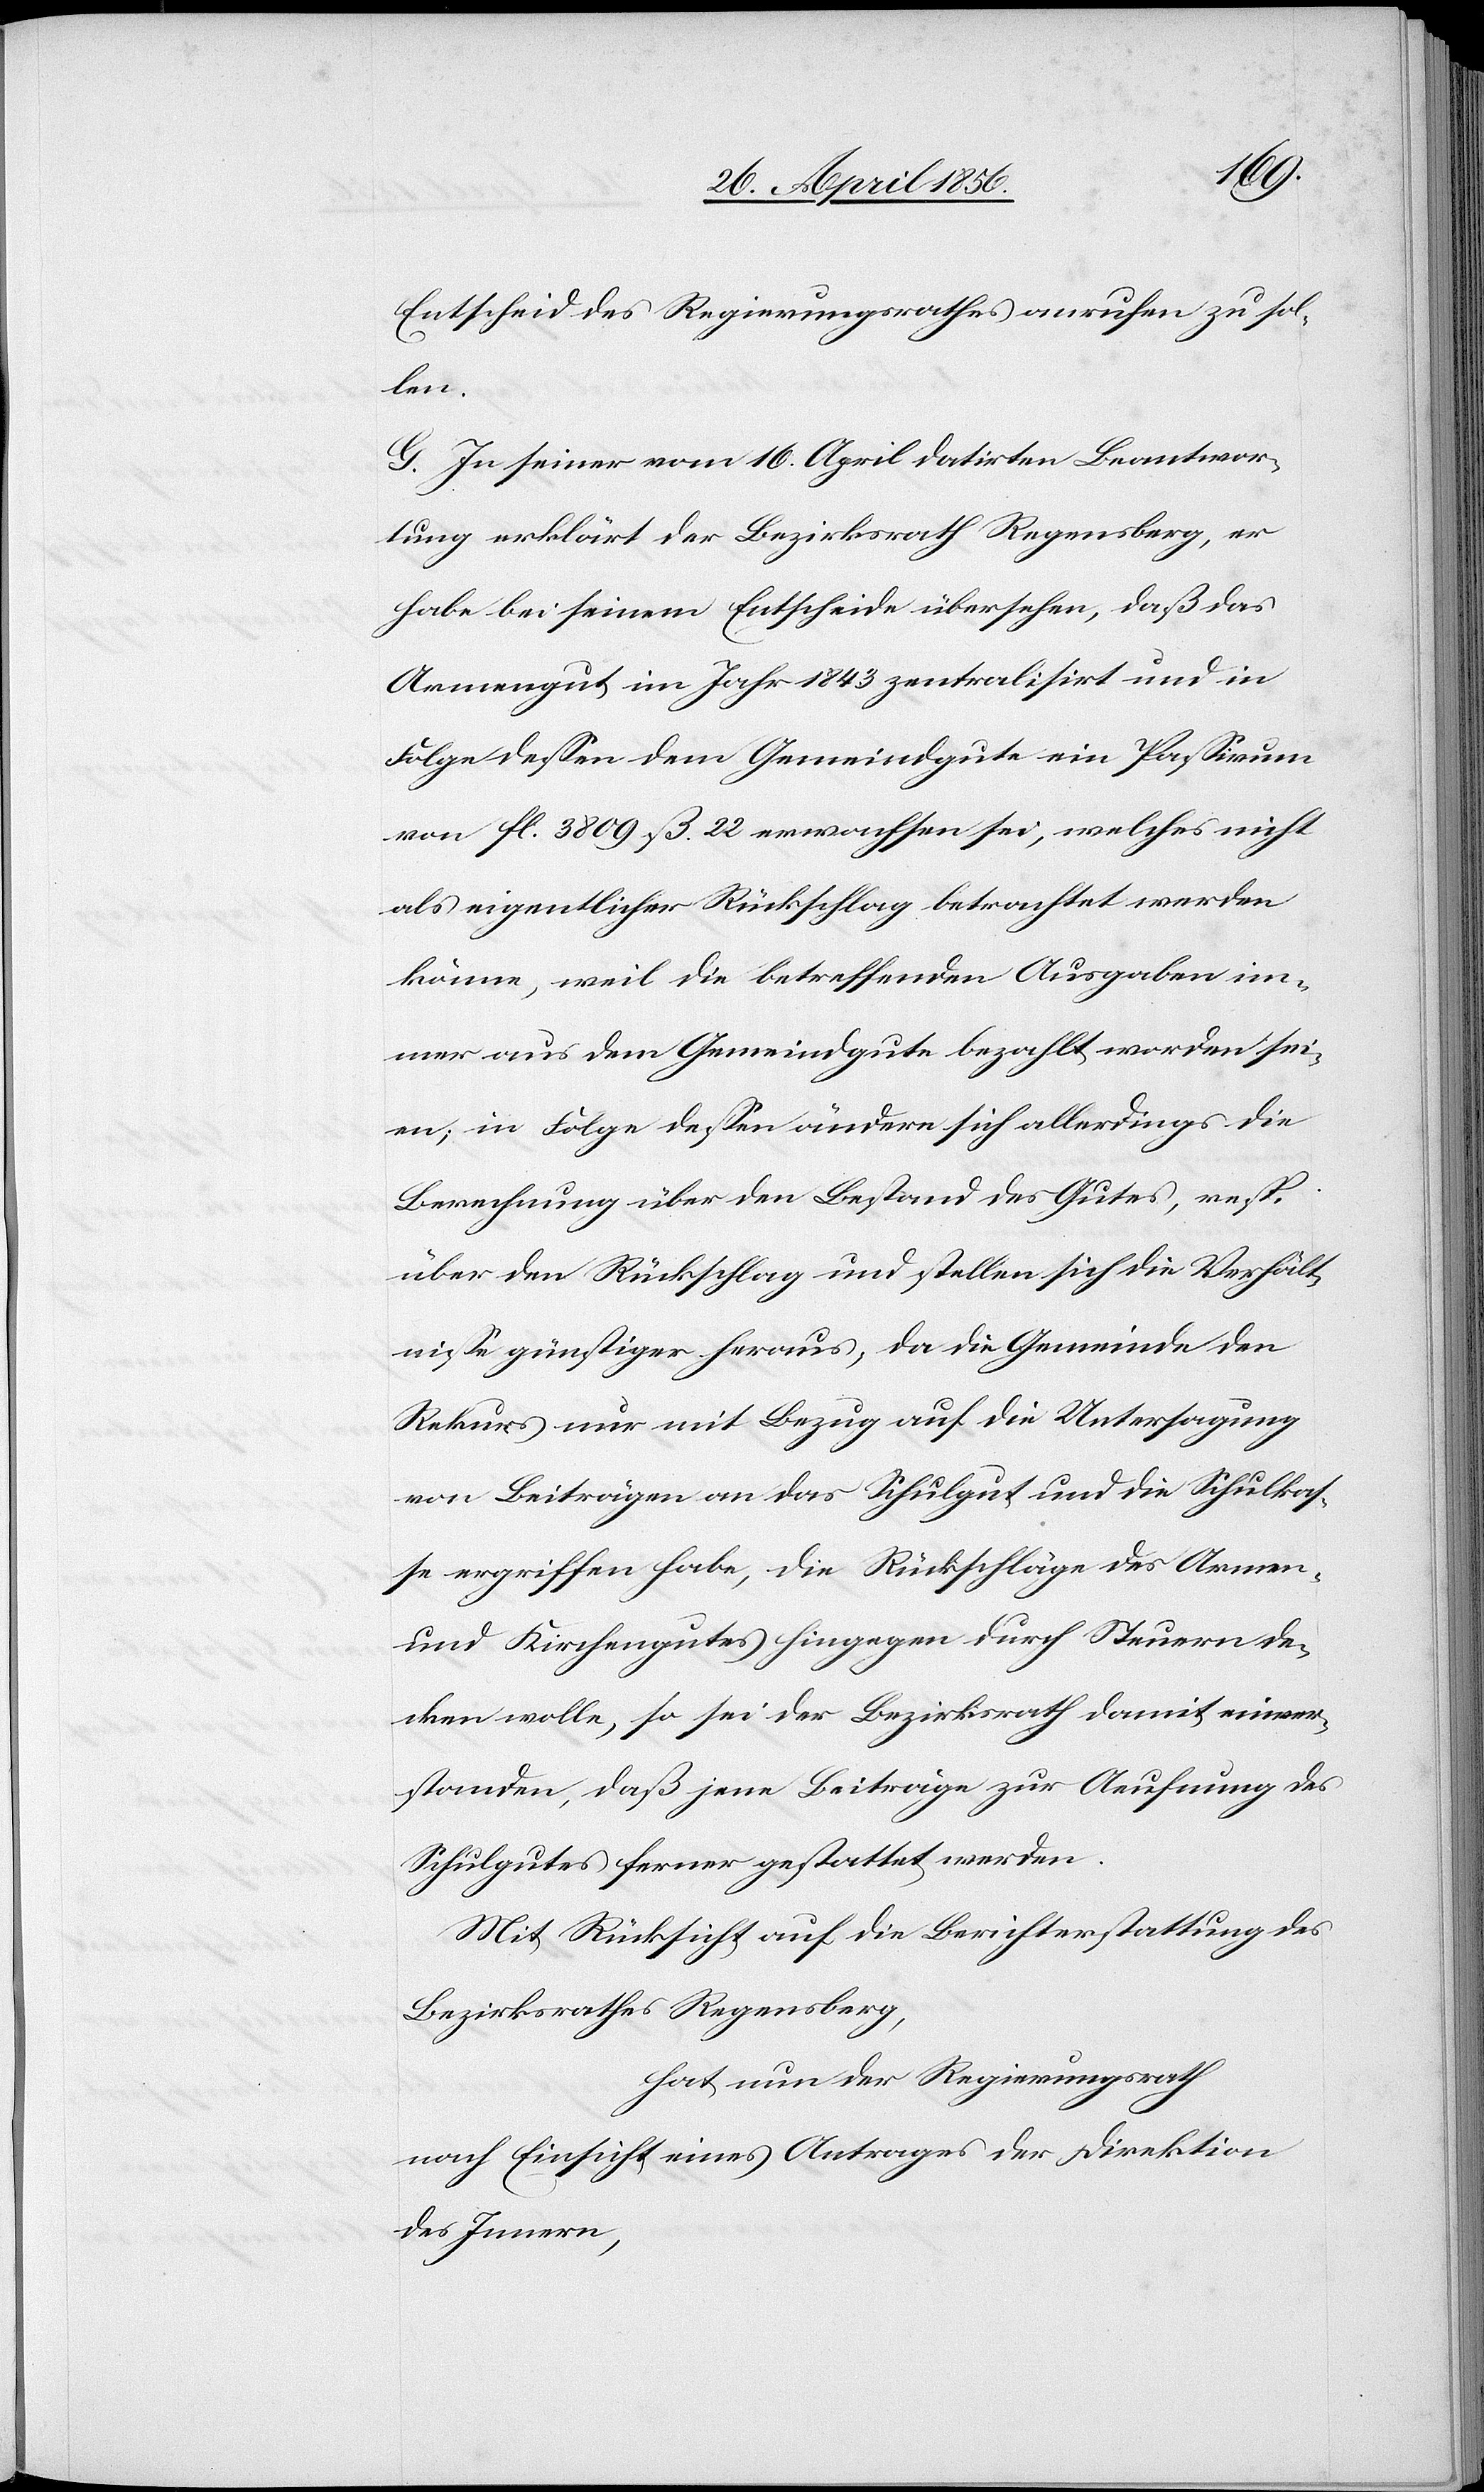
Entscheid des Regierungsrathes anrufen zu sol¬
len.
G. In seiner vom 16. April datirten Beantwor¬
tung erklärt der Bezirksrath Regensberg, er
habe bei seinem Entscheide übersehen, daß das
Armengut im Jahr 1843 zentralisirt und in
Folge dessen dem Gemeindgute ein Passivum
von fl. 3809 ß 22 erwachsen sei, welches nicht
als eigentlicher Rückschlag betrachtet werden
könne, weil die betreffenden Ausgaben im¬
mer aus dem Gemeindgute bezahlt worden sei¬
en; in Folge dessen ändere sich allerdings die
Berechnung über den Bestand des Gutes, resp.
über den Rückschlag und stellen sich die Verhält¬
nisse günstiger heraus, da die Gemeinde den
Rekurs nur mit Bezug auf die Untersagung
von Beiträgen an das Schulgut und die Schulkas¬
se ergriffen habe, die Rückschläge des Armen-
und Kirchengutes hingegen durch Steuern de¬
cken wolle, so sei der Bezirksrath damit einver¬
standen, daß jene Beiträge zur Aeufnung des
Schulgutes ferner gestattet werden.
Mit Rücksicht auf die Berichterstattung des
Bezirksrathes Regensberg,
hat nun der Regierungsrath
nach Einsicht eines Antrages der Direktion
des Innern,